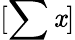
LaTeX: [\sum\mathit{x}]